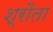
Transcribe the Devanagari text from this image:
श्रौता